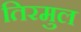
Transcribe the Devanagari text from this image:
तिरमुल